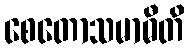
စေတောသမာဓီတိ